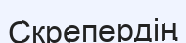
Скрепердің